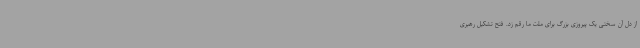
از دل آن سختی یک‌ پیروزی بزرگ برای ملت ما رقم زد. فتح تشکیل رهبری